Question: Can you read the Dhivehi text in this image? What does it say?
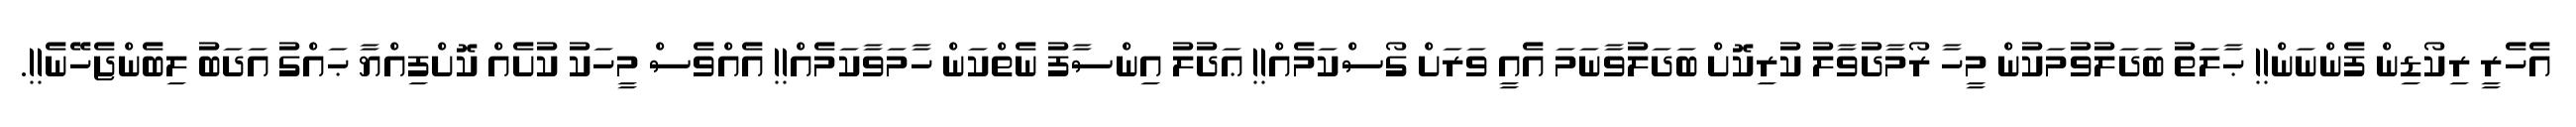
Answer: އެހެރީ ރިކޯޑިން ފެންނަން!! ޙާލަތު ބަދަލުވުމަކުން މީހާ ރޯމާދުވާލު ކުރިކޮށް ބަދަލުވާނަމަ އެއީ ވަރަށް ގޯސްކަމެއް!! ޢަދުލު އިންސާފު ނެތްކަން ހާމަވާކަމެއް!! އެއްވެސް މީހަކު ކުށެއް ކޮށްފިއްޔާ ޙައްގު އަދަބު ލިބެންޖެހޭނެ!!.